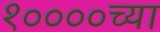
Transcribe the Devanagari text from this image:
१००००च्या